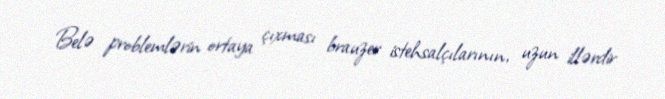
Belə problemlərin ortaya çıxması brauzer istehsalçılarının, uzun illərdir